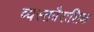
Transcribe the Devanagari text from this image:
व्यस्तत्रैराशिक